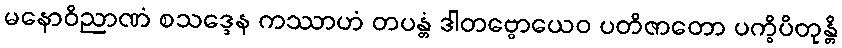
မနောဝိညာဏံ စသဒ္ဒေန ကဿာဟံ တပန္တံ ဒါတဗ္ဗောယေဝ ပတိဇာတော ပက္ခိပိတုန္တိ